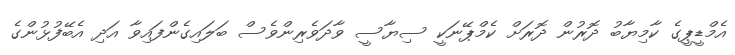
އެމްޑީޕީގެ ކާމިޔާބު ދޮރުން ދޮރަށް ކެމްޕޭނަކީ ސިޔާސީ ވާދަވެރިންވެސް ބަލައިގެންފައިވާ އަދި އެބޭފުޅުންގެ